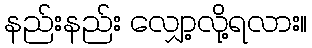
နည်းနည်း လျှော့လို့ရလား။